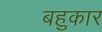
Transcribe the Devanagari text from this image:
बहुकार